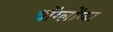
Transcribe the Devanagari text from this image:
थोंग्लोंग्या